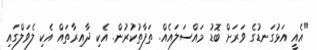
"އެއީ އަޅުގަނޑުގެ ވަރަށް ބޮޑު މައްސަލައެއް. ތަފާތުކުރުން. އެކި ދާއިރާތައް އެކި ލެވަލްގައި